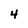
Character: 4